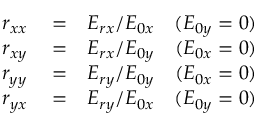
\begin{array} { r l r } { r _ { x x } } & { { } = } & { E _ { r x } / E _ { 0 x } \quad ( E _ { 0 y } = 0 ) } \\ { r _ { x y } } & { { } = } & { E _ { r x } / E _ { 0 y } \quad ( E _ { 0 x } = 0 ) } \\ { r _ { y y } } & { { } = } & { E _ { r y } / E _ { 0 y } \quad ( E _ { 0 x } = 0 ) } \\ { r _ { y x } } & { { } = } & { E _ { r y } / E _ { 0 x } \quad ( E _ { 0 y } = 0 ) } \end{array}